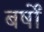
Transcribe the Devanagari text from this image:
बर्षोंं